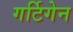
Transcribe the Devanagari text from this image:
गर्टिगेन